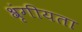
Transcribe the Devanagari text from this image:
श्रृंगीयता